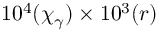
1 0 ^ { 4 } ( \chi _ { \gamma } ) \times 1 0 ^ { 3 } ( r )